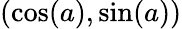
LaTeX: (\cos(a),\sin(a))